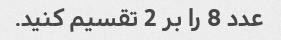
عدد 8 را بر 2 تقسیم کنید.